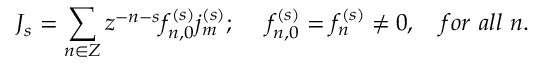
J _ { s } = \sum _ { n \in Z } z ^ { - n - s } f _ { n , 0 } ^ { ( s ) } j _ { m } ^ { ( s ) } ; \ \ \ \ f _ { n , 0 } ^ { ( s ) } = f _ { n } ^ { ( s ) } \neq 0 , \ \ \ f o r \ a l l \ n .